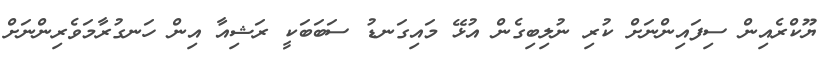
ޔޫކްރެއިން ސިފައިންނަށް ކުރި ނުލިބިގެން އުޅޭ މައިގަނޑު ސަބަބަކީ ރަޝިއާ އިން ހަނގުރާމަވެރިންނަށް